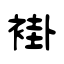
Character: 褂